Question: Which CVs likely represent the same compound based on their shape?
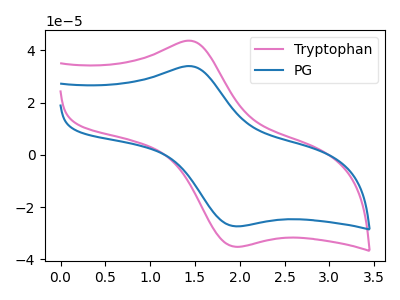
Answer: <think>The pink curve "Tryptophan" has an anodic peak at (1.50V, 43.60uA) and a cathodic peak at (2.00V, -35.20uA). The blue curve "PG" has an anodic peak at (1.50V, 33.90uA) and a cathodic peak at (2.00V, -27.40uA).
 All the peaks in "Tryptophan" have a peak in "PG" at the same potential. Every peak in "Tryptophan" is higher than every peak in "PG".</think>
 <answer>"PG" and "Tryptophan" have the same shape and are likely CV's of the same chemical.</answer>
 <eval>"PG" "Tryptophan"</eval>